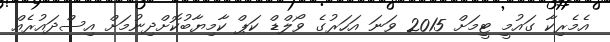
އެމެރިކާ ގައުމީ ޓީމަށް 2015 ވަނަ އަހަރުގެ ވޯލްޑް ކަޕް ކާމިޔާބުކޮށްދިނުމަށް އިސްދައުރެއް